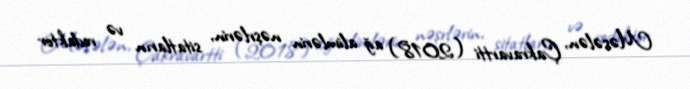
Məsələn, Çakravartti (2018) ağ alimlərin nəşrlərin, sitatların və redaktor